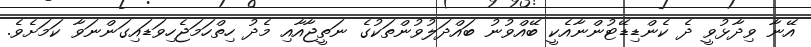
އޭނާ ވިދާޅުވީ ދެ ކެންޑިޑޭޓުންނާއެކީ ބޭއްވުނު ބައްދަލުވުންތަކުގެ ނަތީޖާއާއި މެދު ހިތްހަމަޖެހިވަޑައިގަންނަވާ ކަމަށެވެ.